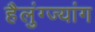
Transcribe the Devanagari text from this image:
हैलुंग्ज्यांग